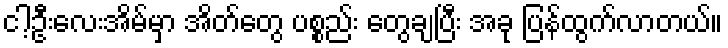
ငါ့ဦးလေးအိမ်မှာ အိတ်တွေ ပစ္စည်း တွေချပြီး အခု ပြန်ထွက်လာတယ်။